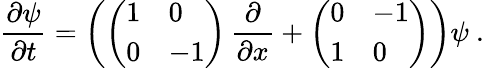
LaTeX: \frac{\partial\psi}{\partial t}=\left(\left(\begin{array}{ll}{{1}}&{{0}}\\ {{0}}&{{-1}}\end{array}\right)\, \frac{\partial}{\partial x}+\left(\begin{array}{ll}{{0}}&{{-1}}\\ {{1}}&{{0}}\end{array}\right)\right)\psi\ .